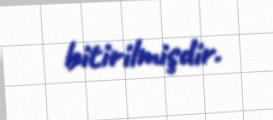
bitirilmişdir.